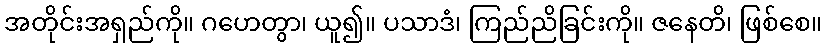
အတိုင်းအရှည်ကို။ ဂဟေတွာ၊ ယူ၍။ ပသာဒံ၊ ကြည်ညိခြင်းကို။ ဇနေတိ၊ ဖြစ်စေ။